Annual administration report of the Civil Veterinary Department, Sind - 1945-1946
Year: 1945
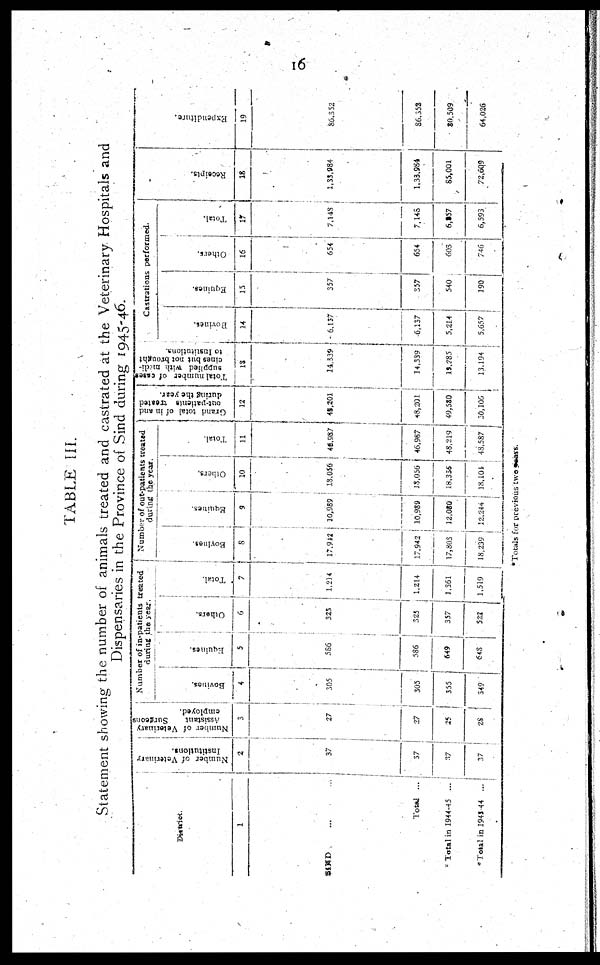
16
TABLE III.
Statement showing the number of animals treated and castrated at the Veterinary Hospitals and
Dispensaries in the Province of Sind during 1945-46.
District.
1
SIND
...
...
Total
...
Total in 1944-45 ...
*Total in 1943 44
...
Number of Veterinary
Institutions.
2
37
37
37
37
Number of Veterinary
Assistant
Surgeons
employed.
3
27
25
28
Number of in-patients treated
during the year.
Bovines.
4
305
305
355
349
Equines.
5
566
586
649
648
Others.
6
325
325
357
522
Total.
7
1,214
1,214
1,361
1,519
Number of out-patients treated
during the year.
Boyines.
8
17,942
17,942
17,303
18,239
Equines.
9
10,989
10,989
12,080
12,244
Others.
10
13,056
18,056
18,336
18,101
Total.
11
46,987
46,967
48,219
48,587
Grand total of in and
out-patients treated
during the year.
12
49,201
48,201
49,580
30,106
Total number of cases
supplied with medi-
cines but not brought
to Institutions.
13
14,539
14,339
15,285
13,194
Castrations performed.
Bovines.
14
6,137
6,137
5,214
5,657
Equities.
15
357
357
540
190
Others.
16
654
654
603
746
Total.
17
7,148
7,148
6,257
6,593
Receipts.
18
1,33,984
1,33,984
85,001
72,609
Expe ndi t
ur e .
19
86,3 52
86,352
80,509
64,026
*Totals for previous two years.